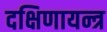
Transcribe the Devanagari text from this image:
दक्षिणायन्त्र